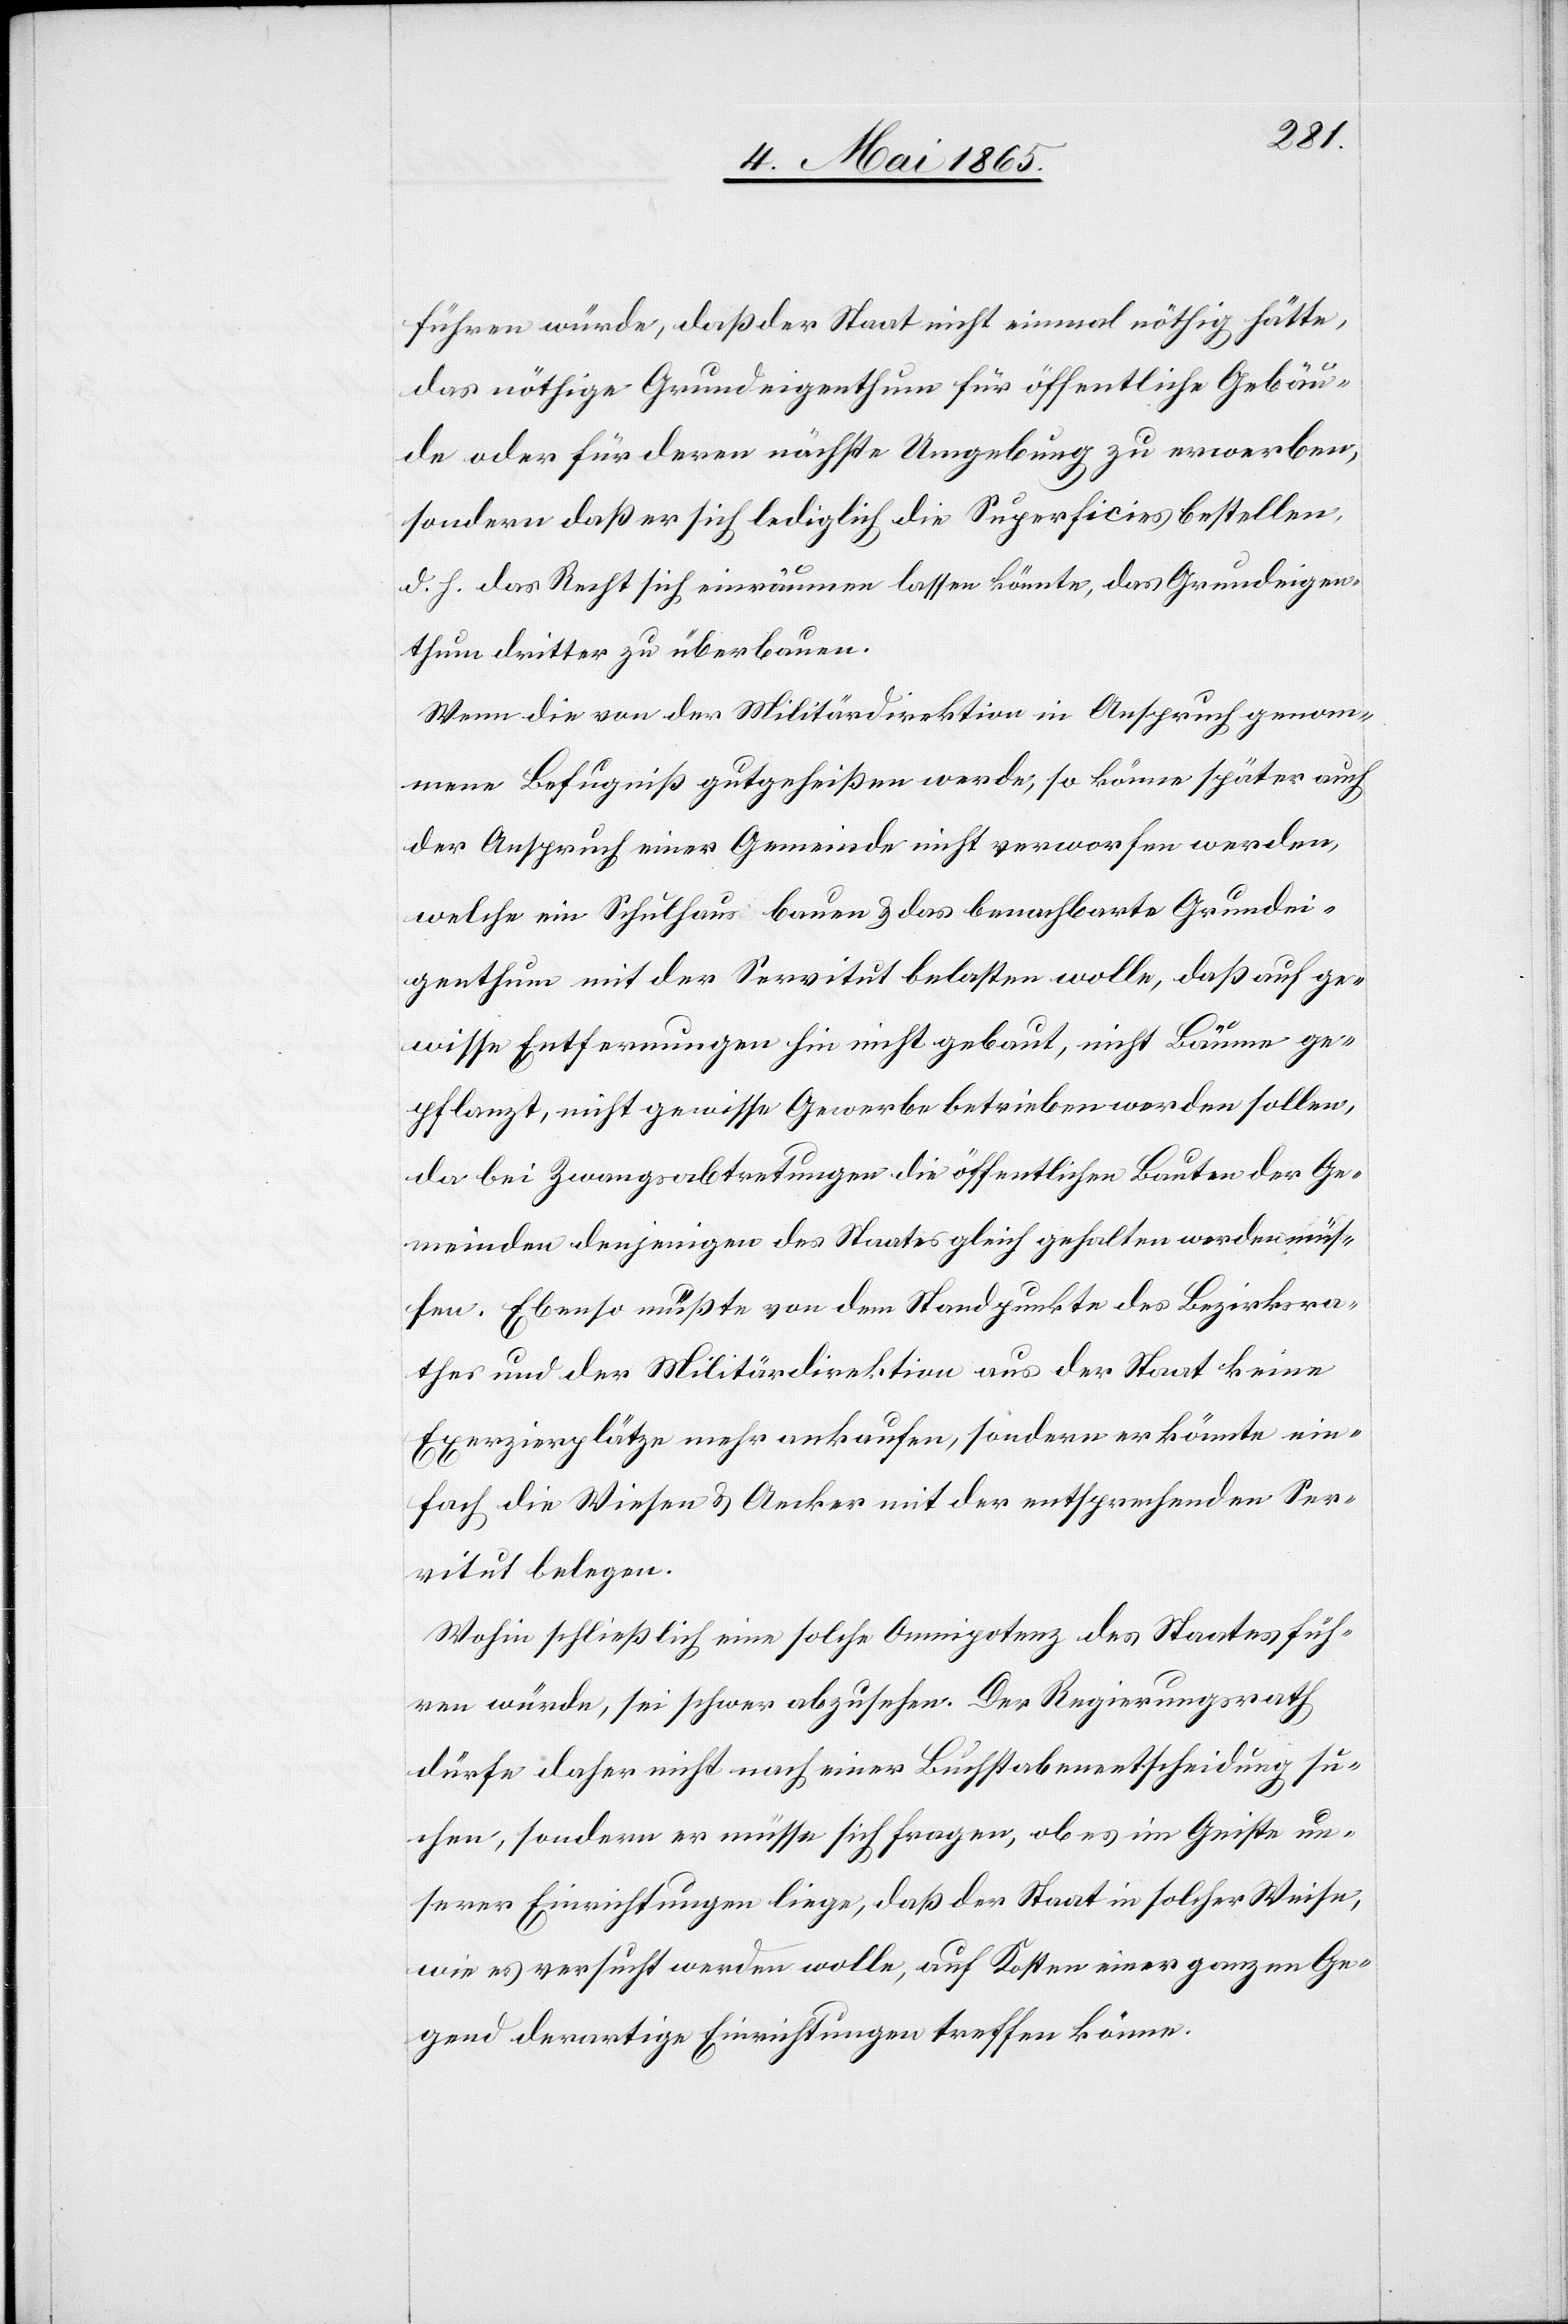
führen würde, daß der Staat nicht einmal nöthig hätte,
das nöthige Grundeigenthum für öffentliche Gebäu¬
de oder für deren nächste Umgebung zu erwerben,
sondern daß er sich lediglich die Superficies bestellten
d. h. das Recht sich einräumen lassen könnte, das Grundeigen¬
thum dritter zu überbauen.
Wenn die von der Militärdirektion in Anspruch genom¬
mene Befugniß gutgeheißen werde, so könne später auch
der Anspruch einer Gemeinde nicht verworfen werden,
welche ein Schulhaus bauen & das benachbarte Grundei¬
genthum mit der Servitut belasten wolle, daß auf ge¬
wisse Entfernungen hin nicht gebaut, nicht Bäume ge¬
pflanzt, nicht gewisse Gewerbe betrieben werden sollen,
da bei Zwangsabtretungen die öffentlichen Bauten der Ge¬
meinden denjenigen des Staats gleich gehalten werden müs¬
sen. Ebenso müßte von dem Standpunkte des Bezirksra¬
thes und der Militärdirektion aus der Staat keine
Exerzierplätze mehr ankaufen, sondern er könnte ein¬
fach die Wiesen & Aecker mit der entsprechenden Ser¬
vitut belegen.
Wohin schließlich eine solche Omnipotenz des Staates füh¬
ren würde, sei schwer abzusehen. Der Regierungsrath
dürfe daher nicht nach einer Buchstabenentscheidung su¬
chen, sondern er müsse sich fragen, ob es im Geiste un¬
serer Einrichtungen liege, daß der Staat in solcher Weise,
wie es versucht werden wolle, auf Kosten einer ganzen Ge¬
gend derartige Einrichtungen treffen könne.